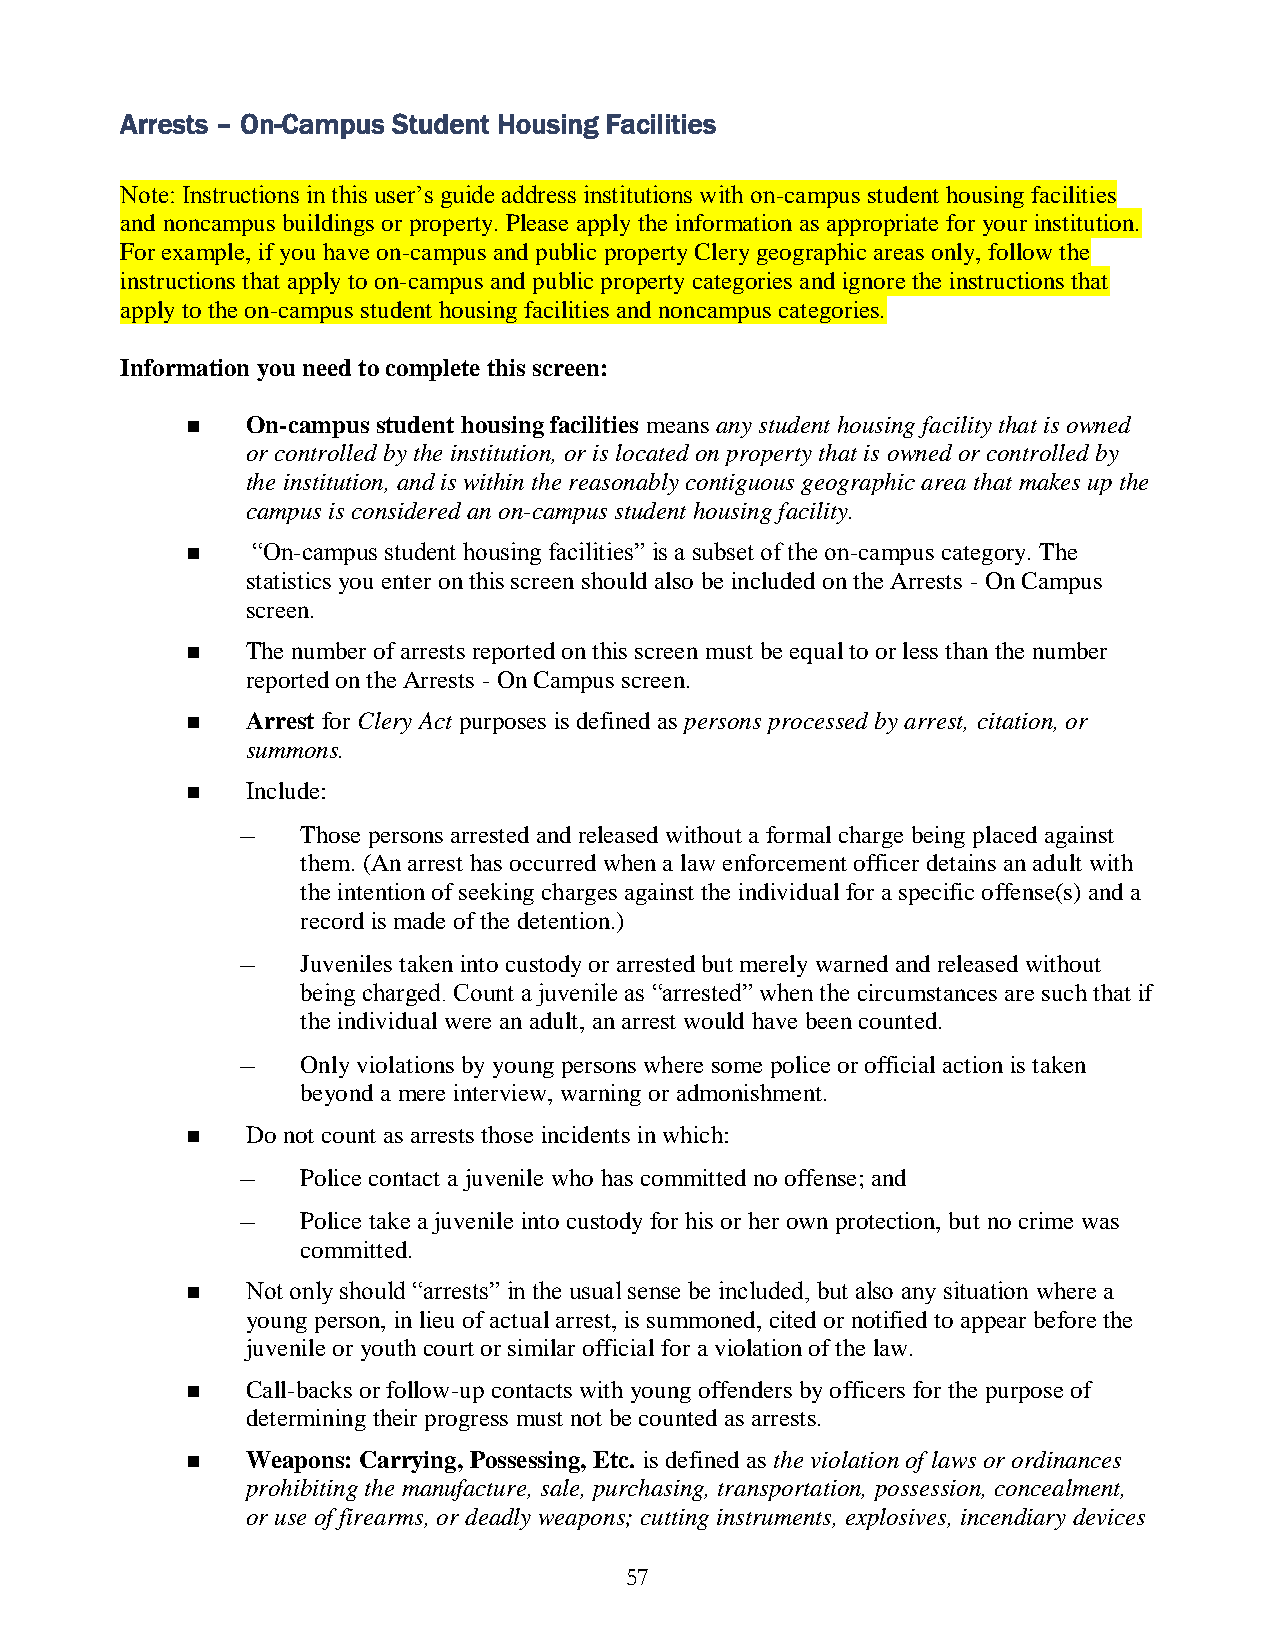
Arrests – On-Campus Student Housing Facilities
 Note: Instructions in this user’s guide address institutions with on-campus student housing facilities
 and noncampus buildings or property. Please apply the information as appropriate for your institution.
 For example, if you have on-campus and public property Clery geographic areas only, follow the
 instructions that apply to on-campus and public property categories and ignore the instructions that
 apply to the on-campus student housing facilities and noncampus categories.
 Information you need to complete this screen:
    On-campus student housing facilities means any student housing facility that is owned
 or controlled by the institution, or is located on property that is owned or controlled by
 the institution, and is within the reasonably contiguous geographic area that makes up the
 campus is considered an on-campus student housing facility.
     “On-campus student housing facilities” is a subset of the on-campus category. The
 statistics you enter on this screen should also be included on the Arrests - On Campus
 screen.
    The number of arrests reported on this screen must be equal to or less than the number
 reported on the Arrests - On Campus screen.
    Arrest for Clery Act purposes is defined as persons processed by arrest, citation, or
 summons.
    Include:
 –   Those persons arrested and released without a formal charge being placed against
 them. (An arrest has occurred when a law enforcement officer detains an adult with
 the intention of seeking charges against the individual for a specific offense(s) and a
 record is made of the detention.)
 –   Juveniles taken into custody or arrested but merely warned and released without
 being charged. Count a juvenile as “arrested” when the circumstances are such that if
 the individual were an adult, an arrest would have been counted.
 –   Only violations by young persons where some police or official action is taken
 beyond a mere interview, warning or admonishment.
    Do not count as arrests those incidents in which:
 –   Police contact a juvenile who has committed no offense; and
 –   Police take a juvenile into custody for his or her own protection, but no crime was
 committed.
    Not only should “arrests” in the usual sense be included, but also any situation where a
 young person, in lieu of actual arrest, is summoned, cited or notified to appear before the
 juvenile or youth court or similar official for a violation of the law.
    Call-backs or follow-up contacts with young offenders by officers for the purpose of
 determining their progress must not be counted as arrests.
    Weapons: Carrying, Possessing, Etc. is defined as the violation of laws or ordinances
 prohibiting the manufacture, sale, purchasing, transportation, possession, concealment,
 or use of firearms, or deadly weapons; cutting instruments, explosives, incendiary devices
 57